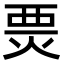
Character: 㶾